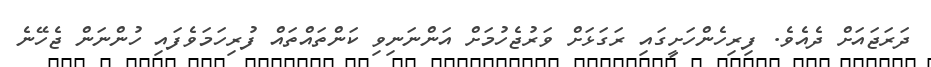
ދަރަޖައަށް ދެއެވެ. ފިރިހެންހަށީގައި ރަގަޅަށް ވަރުޖެހުމަށް އަންނަނިވި ކަންތައްތައް ފުރިހަމަވެފައި ހުންނަން ޖެހޭނެ